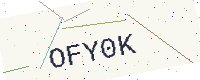
Text: OFY0K